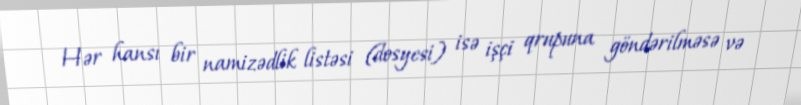
Hər hansı bir namizədlik listəsi (dosyesi) isə işçi qrupuna göndərilməsə və